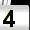
Digit: 4